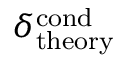
\delta _ { \mathrm { t h e o r y } } ^ { \mathrm { c o n d } }